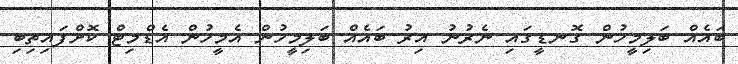
ބައެއް ބަލިމީހުން ގޮނޑީގައި ނެރުނު އިރު ބައެއް ބަލިމީހުން އެމީހުން އެޑްމިޓް ކޮށްފައިތިބި